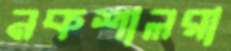
নকশালরা